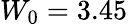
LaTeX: W_{0}=3.45